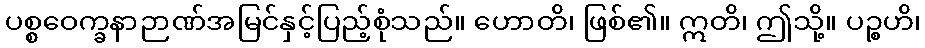
ပစ္စဝေက္ခနာဉာဏ်အမြင်နှင့်ပြည့်စုံသည်။ ဟောတိ၊ ဖြစ်၏။ ဣတိ၊ ဤသို့။ ပဉ္စဟိ၊